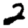
Digit: 2